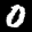
Label: 0